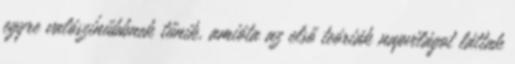
egyre valószínűbbnek tűnik, amióta az első teóriák napvilágot láttak